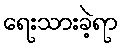
ရေးသားခဲ့ရာ